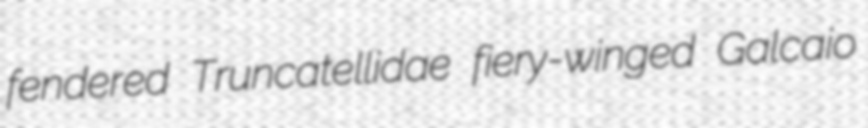
fendered Truncatellidae fiery-winged Galcaio